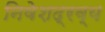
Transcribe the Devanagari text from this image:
निवेशद्रव्य